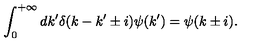
\int _ { 0 } ^ { + \infty } d k ^ { \prime } \delta ( k - k ^ { \prime } \pm i ) \psi ( k ^ { \prime } ) = \psi ( k \pm i ) .